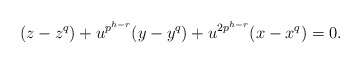
\begin{align*} (z-z^q)+u^{p^{h-r}}(y-y^q)+u^{2p^{h-r}}(x-x^q)=0.\end{align*}